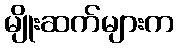
မျိုးဆက်များက